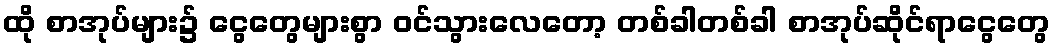
ထို စာအုပ်များ၌ ငွေတွေများစွာ ဝင်သွားလေတော့ တစ်ခါတစ်ခါ စာအုပ်ဆိုင်ရာငွေတွေ